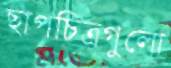
ছাপচিত্রগুলো